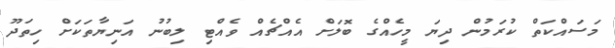
މަސައްކަތް ކުރަމުން ދިޔަ މީހެއްގެ ބޮލަށް އެއްޗެއް ވެއްޓި ލިބުނު އަނިޔާތަކަށް ހިތަދޫ